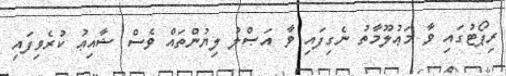
ރިޕޯޓުގައި ވާ މަޢުލޫމާތު ނެގިފައި ވާ އަޞްލު ލިޔުންތައް ވެސް ޝާއިޢު ކުރެވިފައި